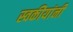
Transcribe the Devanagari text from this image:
स्वकीयांनी